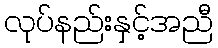
လုပ်နည်းနှင့်အညီ